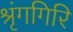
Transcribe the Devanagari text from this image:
श्रृंगगिरि